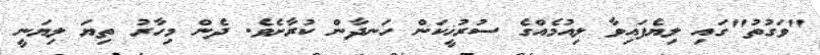
"ވަގުތު"ގައި ލިޔެފައިވާ ލިއުމެއްގެ ސުރުޚީކަން ހަނދާން ކުރާށެވެ. ދެން މިހާރު ތިޔަ ލިޔަނީ